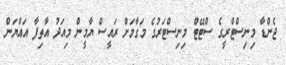
ޖެންޑާ މިނިސްޓްރީގެ ސްޓޭޓް މިނިސްޓަރުގެ މަގާމަށް ރައީސް ޔާމީން މިއަދު އާތިފާ އައްޔަން